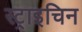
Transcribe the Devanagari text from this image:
स्ट्राइचिन